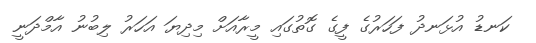
ކަނޑު އުޅަނދު ފަހަރުގެ ފީގެ ގޮތުގައި މީރާއަށް މިދިޔަ އަހަރު ލިބުނު އާމްދަނީ